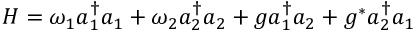
H = \omega _ { 1 } a _ { 1 } ^ { \dagger } a _ { 1 } + \omega _ { 2 } a _ { 2 } ^ { \dagger } a _ { 2 } + g a _ { 1 } ^ { \dagger } a _ { 2 } + g ^ { * } a _ { 2 } ^ { \dagger } a _ { 1 }